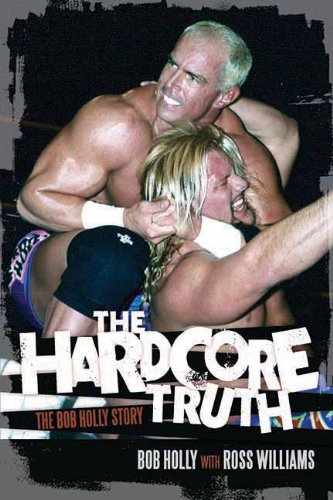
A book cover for The Hardcore Truth: The Bob Holly Story; Bob Holly; Biographies & Memoirs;